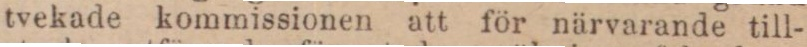
tvekade kommissionen att för närvarande till-